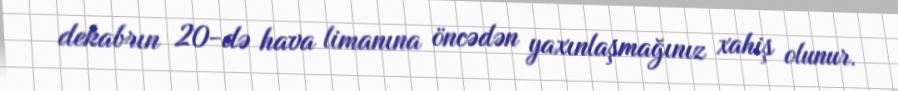
dekabrın 20-də hava limanına öncədən yaxınlaşmağınız xahiş olunur.